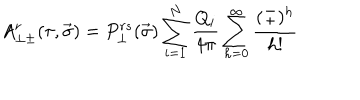
A _ { \perp \pm } ^ { r } ( \tau , \vec { \sigma } ) = P _ { \perp } ^ { r s } ( \vec { \sigma } ) \sum _ { i = 1 } ^ { N } \frac { Q _ { i } } { 4 \pi } \sum _ { h = 0 } ^ { \infty } \frac { ( \mp ) ^ { h } } { h ! }